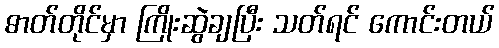
ဓာတ်တိုင်မှာ ကြိုးဆွဲချပြီး သတ်ရင် ကောင်းတယ်